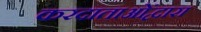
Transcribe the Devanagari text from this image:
करदाताओंद्वारा